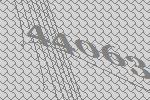
44063